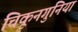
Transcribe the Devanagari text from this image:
चिकूनगुनिया